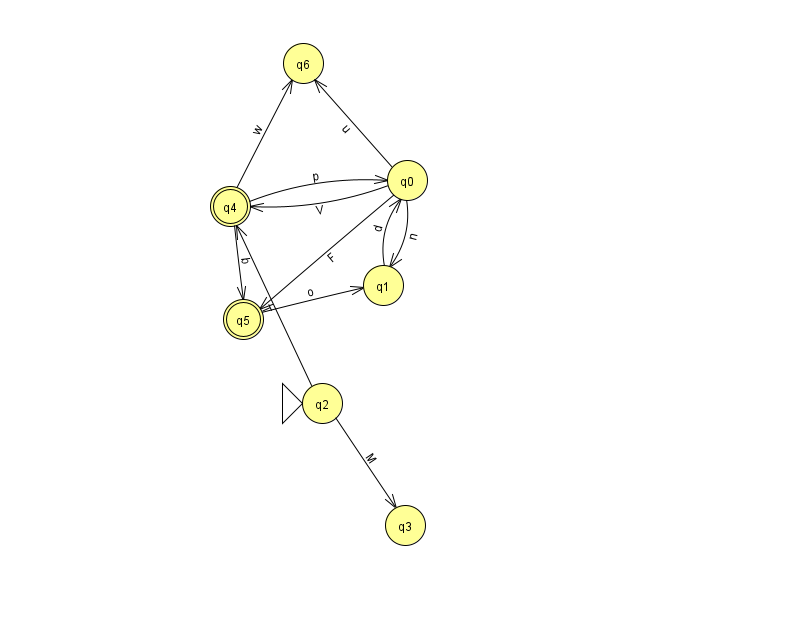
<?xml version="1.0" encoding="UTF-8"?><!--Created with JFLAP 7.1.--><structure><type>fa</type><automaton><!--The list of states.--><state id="0" name="q0"><x>407.0</x><y>167.0</y></state><state id="1" name="q1"><x>383.0</x><y>272.0</y></state><state id="2" name="q2"><x>322.0</x><y>390.0</y><initial/></state><state id="3" name="q3"><x>405.0</x><y>512.0</y></state><state id="4" name="q4"><x>230.0</x><y>193.0</y><final/></state><state id="5" name="q5"><x>243.0</x><y>306.0</y><final/></state><state id="6" name="q6"><x>303.0</x><y>50.0</y></state><!--The list of transitions.--><transition><from>0</from><to>1</to><read>n</read></transition><transition><from>2</from><to>3</to><read>M</read></transition><transition><from>4</from><to>5</to><read>b</read></transition><transition><from>4</from><to>6</to><read>w</read></transition><transition><from>2</from><to>4</to><read>T</read></transition><transition><from>4</from><to>0</to><read>p</read></transition><transition><from>5</from><to>1</to><read>o</read></transition><transition><from>1</from><to>0</to><read>d</read></transition><transition><from>0</from><to>4</to><read>V</read></transition><transition><from>0</from><to>5</to><read>F</read></transition><transition><from>0</from><to>6</to><read>u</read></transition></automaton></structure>